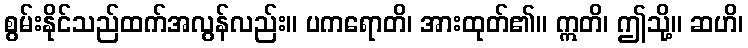
စွမ်းနိုင်သည်ထက်အလွန်လည်း။ ပကရောတိ၊ အားထုတ်၏။ ဣတိ၊ ဤသို့။ ဆဟိ၊